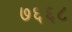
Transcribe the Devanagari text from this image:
७६६८